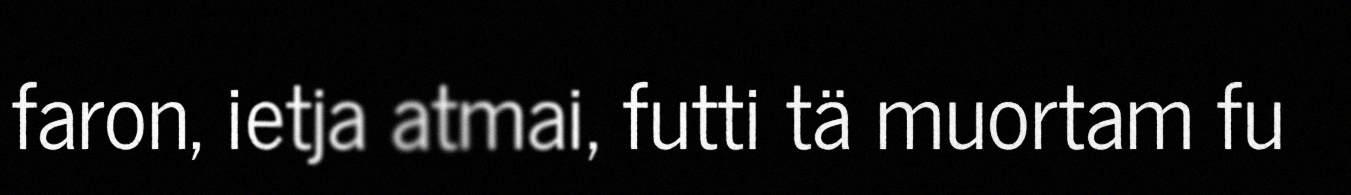
faron, ietja atmai, futti tä muortam fu